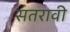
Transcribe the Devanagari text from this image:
सतरावी